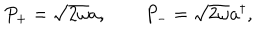
LaTeX: P _ { + } = \sqrt { 2 \omega } a , \qquad P _ { - } = \sqrt { 2 \omega } a ^ { \dagger } ,